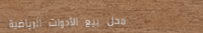
محل بيع الأدوات الرياضية